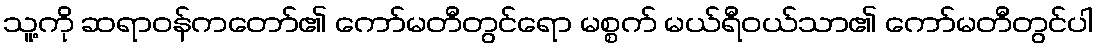
သူ့ကို ဆရာဝန်ကတော်၏ ကော်မတီတွင်ရော မစ္စက် မယ်ရီဝယ်သာ၏ ကော်မတီတွင်ပါ